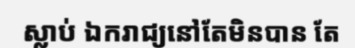
ស្លាប់ ឯករាជ្យនៅតែមិនបាន តែ